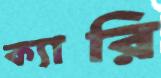
ক্যারি